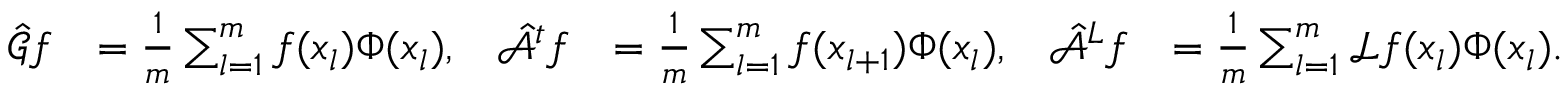
\begin{array} { r l r l r l } { \hat { \mathcal { G } } f } & { = \frac { 1 } { m } \sum _ { l = 1 } ^ { m } f ( x _ { l } ) \Phi ( x _ { l } ) , } & { \hat { \mathcal { A } } ^ { t } f } & { = \frac { 1 } { m } \sum _ { l = 1 } ^ { m } f ( x _ { l + 1 } ) \Phi ( x _ { l } ) , } & { \hat { \mathcal { A } } ^ { L } f } & { = \frac { 1 } { m } \sum _ { l = 1 } ^ { m } \mathcal { L } f ( x _ { l } ) \Phi ( x _ { l } ) . } \end{array}